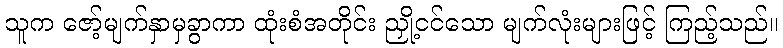
သူက ဇော့်မျက်နှာမှခွာကာ ထုံးစံအတိုင်း ညှို့ငင်သော မျက်လုံးများဖြင့် ကြည့်သည်။